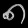
Digit: ၈